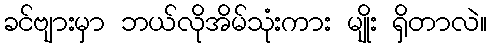
ခင်ဗျားမှာ ဘယ်လိုအိမ်သုံးကား မျိုး ရှိတာလဲ။